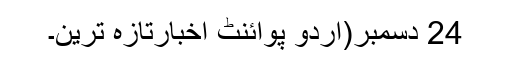
24 دسمبر(اُردو پوائنٹ اخبارتازہ ترین۔